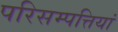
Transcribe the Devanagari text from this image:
परिसम्‍पत्तियां